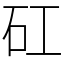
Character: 矼